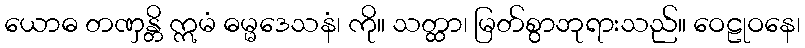
ယောဓ တဏှန္တိ ဣမံ ဓမ္မဒေသနံ၊ ကို။ သတ္ထာ၊ မြတ်စွာဘုရားသည်။ ဝေဠုဝနေ၊